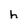
Character: h